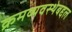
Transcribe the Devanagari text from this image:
क्रमव्यवस्थेबद्दल